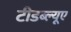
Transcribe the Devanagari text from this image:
टीडब्ल्यूए